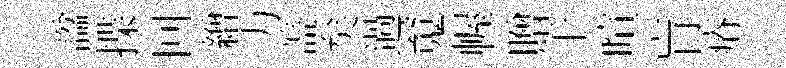
諡揲回繒力盖矣過䰟幄贈于喧肓瘠